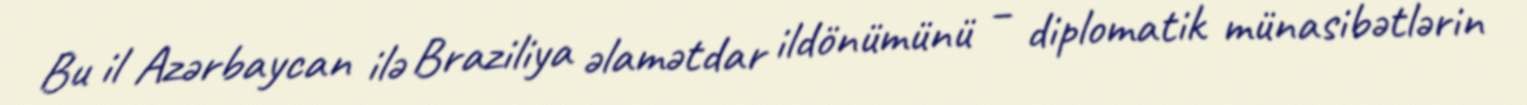
Bu il Azərbaycan ilə Braziliya əlamətdar ildönümünü – diplomatik münasibətlərin